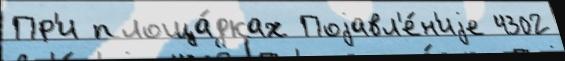
Пр'и площа́дках Поjавл'е́н'иjе 4302